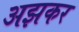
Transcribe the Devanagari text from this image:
अझकर